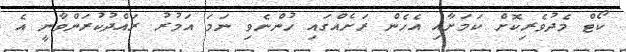
ކޯޓް މެދުވެރިކޮށް ކަމަށާއި އެހެން ރަށެއްގައި ހުންނެވި ނަމަ އަމުރު ރައްދުކުރަންވާނީ އެ